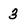
Character: 3